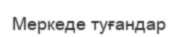
Меркеде туғандар